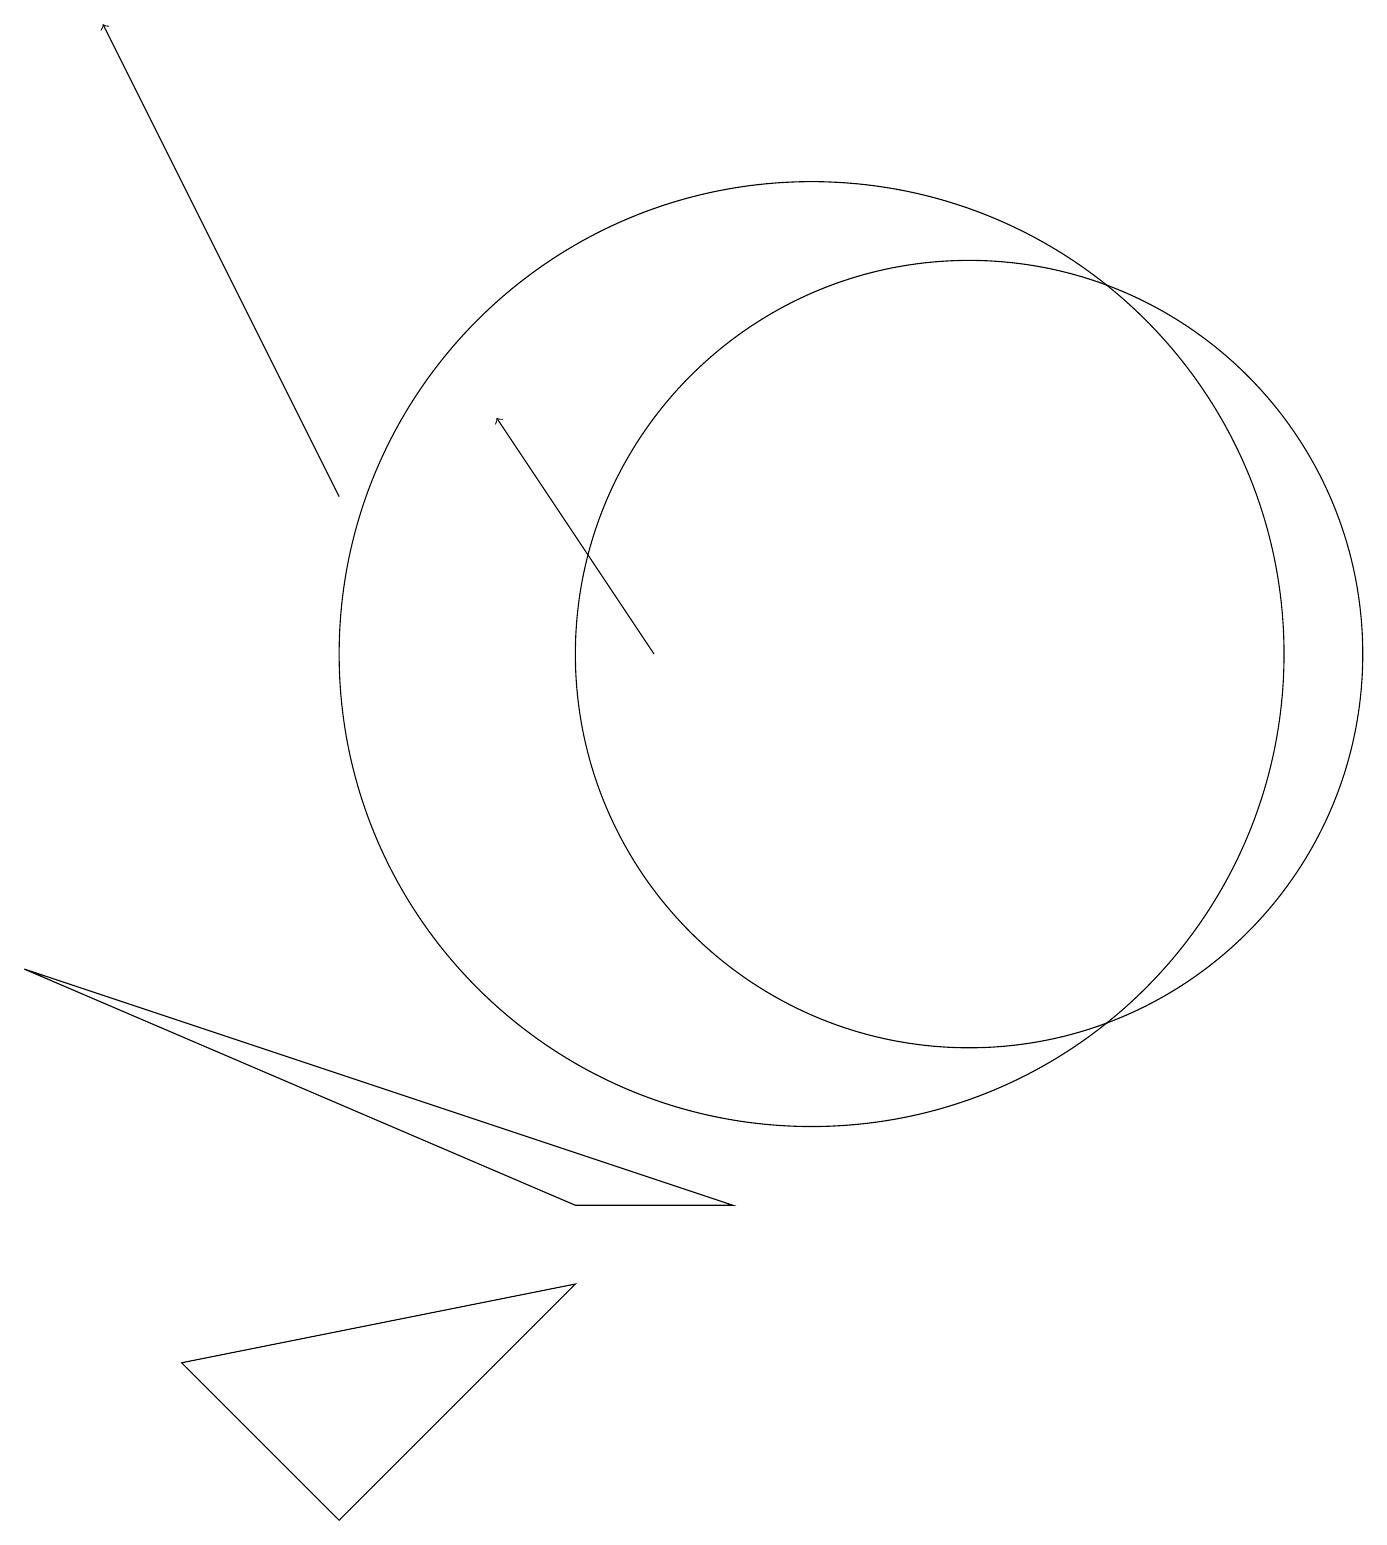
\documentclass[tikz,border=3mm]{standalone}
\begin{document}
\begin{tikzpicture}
\draw (2,2) -- (7,3) -- (4,0) -- cycle;
\draw (10,11) circle (6);
\draw[->] (8,11) -- (6,14);
\draw (7,4) -- (9,4) -- (0,7) -- cycle;
\draw (12,11) circle (5);
\draw[->] (4,13) -- (1,19);
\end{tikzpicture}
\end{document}